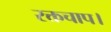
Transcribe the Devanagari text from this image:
रक्तचाप।